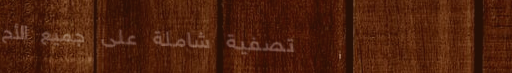
تصفية شاملة على جميع الأح